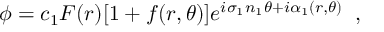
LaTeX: \phi = c _ { 1 } F ( r ) [ 1 + f ( r , \theta ) ] e ^ { i \sigma _ { 1 } n _ { 1 } \theta + i \alpha _ { 1 } ( r , \theta ) } \; \; ,